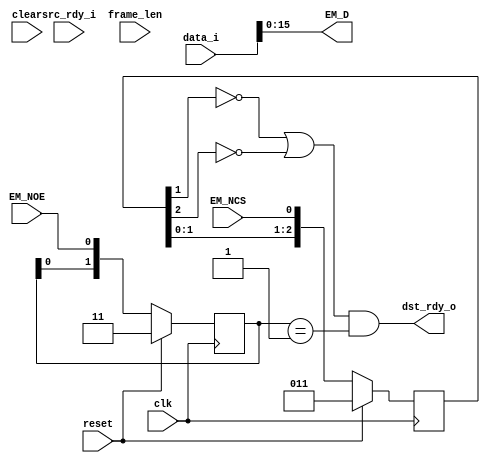

// Assumes an asynchronous GPMC cycle
//   If a packet bigger or smaller than we are told is sent, behavior is undefined.
//   If dst_rdy_i is low when we get data, behavior is undefined and we signal bus error.
//   If there is a bus error, we should be reset

module fifo_to_gpmc_async
  (input clk, input reset, input clear,
   input [17:0] data_i, input src_rdy_i, output dst_rdy_o,
   output [15:0] EM_D, input EM_NCS, input EM_NOE,
   input [15:0] frame_len);

   // Synchronize the async control signals
   reg [2:0] 	cs_del, oe_del;
   reg [15:0] 	counter;
   
   always @(posedge clk)
     if(reset)
       begin
	  cs_del <= 3'b11;
	  oe_del <= 3'b11;
       end
     else
       begin
	  cs_del <= { cs_del[1:0], EM_NCS };
	  oe_del <= { oe_del[1:0], EM_NOE };
       end

   wire do_read = ( (~cs_del[1] | ~cs_del[2]) & (oe_del[1:0] == 2'b01));  // change output on trailing edge
   wire first_read = (counter == 0);
   wire last_read = ((counter+1) == frame_len);

   assign EM_D = data_i[15:0];

   assign dst_rdy_o = do_read;

endmodule // fifo_to_gpmc_async